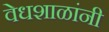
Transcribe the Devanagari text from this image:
वेधशाळांनी